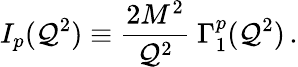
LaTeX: I_{p}(\mathcal{Q}^{2})\equiv{\frac{{2M^{2}}}{{\mathcal{Q}^{2}}}}~\Gamma_{1}^{p}(\mathcal{Q}^{2})\, .